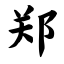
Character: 郑